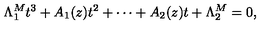
\Lambda _ { 1 } ^ { M } t ^ { 3 } + A _ { 1 } ( z ) t ^ { 2 } + \cdots + A _ { 2 } ( z ) t + \Lambda _ { 2 } ^ { M } = 0 ,